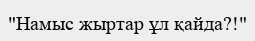
"Намыс жыртар ұл қайда?!"